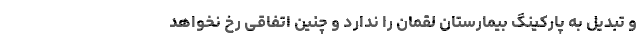
و تبدیل به پارکینگ بیمارستان لقمان را ندارد و چنین اتفاقی رخ نخواهد